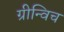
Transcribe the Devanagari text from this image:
ग्रीन्विच